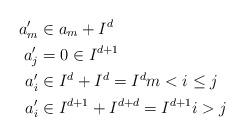
LaTeX: \begin{align*}a_{m}^{\prime} & \in a_{m}+I^{d} \\a_{j}^{\prime} & =0\in I^{d+1} \\a_{i}^{\prime} & \in I^{d}+I^{d}=I^{d}m<i\leq j \\a_{i}^{\prime} & \in I^{d+1}+I^{d+d}=I^{d+1}i>j\end{align*}